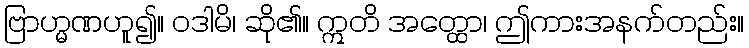
ဗြာဟ္မဏဟူ၍။ ဝဒါမိ၊ ဆို၏။ ဣတိ အတ္ထော၊ ဤကားအနက်တည်း။